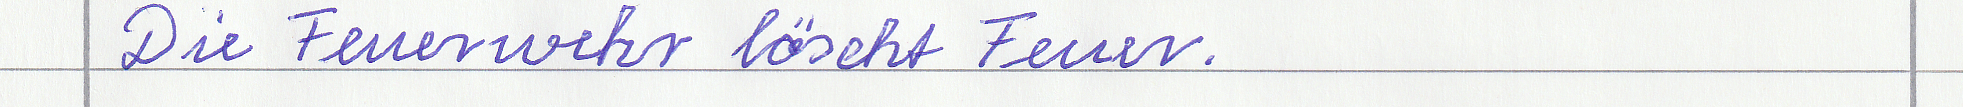
Die Feuerwehr löscht Feuer.